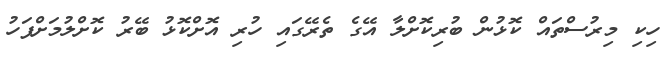
ހިކި މިރުސްތައް ކޮޅުން ބުރިކޮށްލާ އޭގެ ތެރޭގައި ހުރި އޮށްކޮޅު ބޭރު ކޮށްލުމަށްފަހު